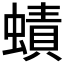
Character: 𧐐